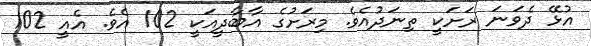
އުޅޭ ދެވަނަ ރަށަކީ ތިނަދުއެވެ. މިރަށުގެ އާބާދީއަކީ 102 އެވެ. އެއީ 102